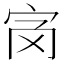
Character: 𡧝